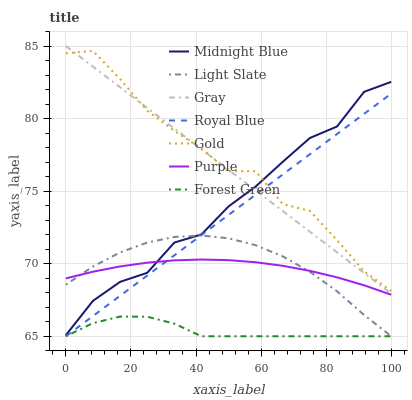
| xaxis_label | Midnight Blue | Light Slate | Gray | Royal Blue | Gold | Purple | Forest Green |
 | --- | --- | --- | --- | --- | --- | --- | --- |
 | 0 | 65.1 | 68.6 | 85 | 65 | 84.5 | 69 | 65 |
 | 8.33 | 67.4 | 69.8 | 83.6 | 66.4 | 84.7 | 69.4 | 65.9 |
 | 16.7 | 68.7 | 70.8 | 82.2 | 67.8 | 82.7 | 69.8 | 66.4 |
 | 25 | 69.4 | 71.5 | 80.7 | 69.2 | 80.5 | 70.1 | 66.3 |
 | 33.3 | 71.5 | 71.8 | 79.3 | 70.6 | 79.2 | 70.2 | 65.9 |
 | 41.7 | 72 | 71.9 | 77.9 | 72 | 77.9 | 70.3 | 65 |
 | 50 | 73.9 | 71.8 | 76.5 | 73.4 | 76.4 | 70.2 | 65 |
 | 58.3 | 75.3 | 71.3 | 75 | 74.8 | 76.4 | 70.1 | 65 |
 | 66.7 | 77 | 70.5 | 73.6 | 76.1 | 74.1 | 69.9 | 65 |
 | 75 | 78.7 | 69.4 | 72.2 | 77.5 | 73.6 | 69.5 | 65 |
 | 83.3 | 79.5 | 68.1 | 70.8 | 78.9 | 71.6 | 69.1 | 65 |
 | 91.7 | 81.8 | 66.5 | 69.4 | 80.3 | 69.5 | 68.5 | 65 |
 | 100 | 82.5 | 65 | 67.9 | 81.7 | 68.1 | 67.9 | 65 |